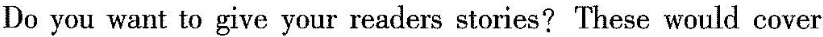
Do you want to give your readers storiea?These would cover